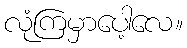
လုံကြမှာပေါ့လေ။